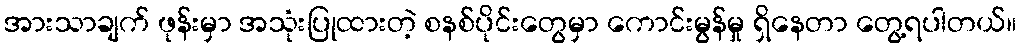
အားသာချက် ဖုန်းမှာ အသုံးပြုထားတဲ့ စနစ်ပိုင်းတွေမှာ ကောင်းမွန်မှု ရှိနေတာ တွေ့ရပါတယ်။